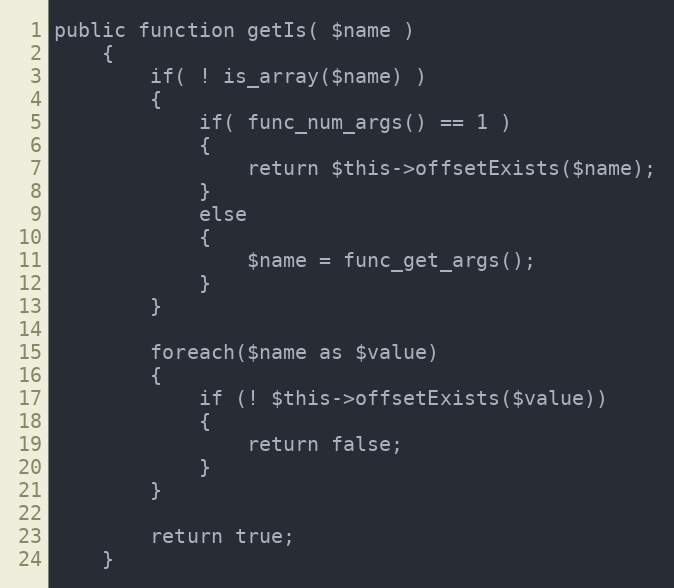
Language: PHP
public function getIs( $name )
	{
		if( ! is_array($name) )
		{
			if( func_num_args() == 1 )
			{
				return $this->offsetExists($name);
			}
			else
			{
				$name = func_get_args();
			}
		}

		foreach($name as $value)
		{
			if (! $this->offsetExists($value))
			{
				return false;
			}
		}

		return true;
	}